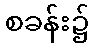
စခန်း၌